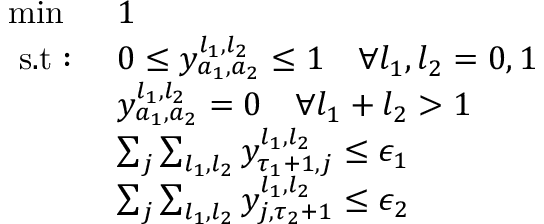
\begin{array} { l l } { \operatorname* { m i n } } & { 1 } \\ { \mathrm { ~ s . t : ~ } } & { 0 \leq y _ { a _ { 1 } , a _ { 2 } } ^ { l _ { 1 } , l _ { 2 } } \leq 1 \quad \forall l _ { 1 } , l _ { 2 } = 0 , 1 } \\ & { y _ { a _ { 1 } , a _ { 2 } } ^ { l _ { 1 } , l _ { 2 } } = 0 \quad \forall l _ { 1 } + l _ { 2 } > 1 } \\ & { \sum _ { j } \sum _ { l _ { 1 } , l _ { 2 } } y _ { \tau _ { 1 } + 1 , j } ^ { l _ { 1 } , l _ { 2 } } \leq \epsilon _ { 1 } } \\ & { \sum _ { j } \sum _ { l _ { 1 } , l _ { 2 } } y _ { j , \tau _ { 2 } + 1 } ^ { l _ { 1 } , l _ { 2 } } \leq \epsilon _ { 2 } } \end{array}